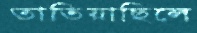
তাতিয়াছিলে